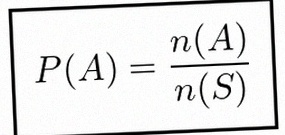
P(A)=\frac{n(A)}{n(S)}